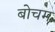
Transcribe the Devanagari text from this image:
बोचम